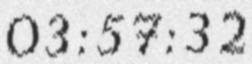
03:57:32